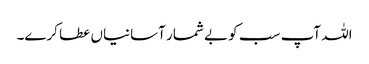
اللہ آپ سب کو بے شمار آسانیاں عطا کرے۔